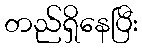
တည်ရှိနေပြီး